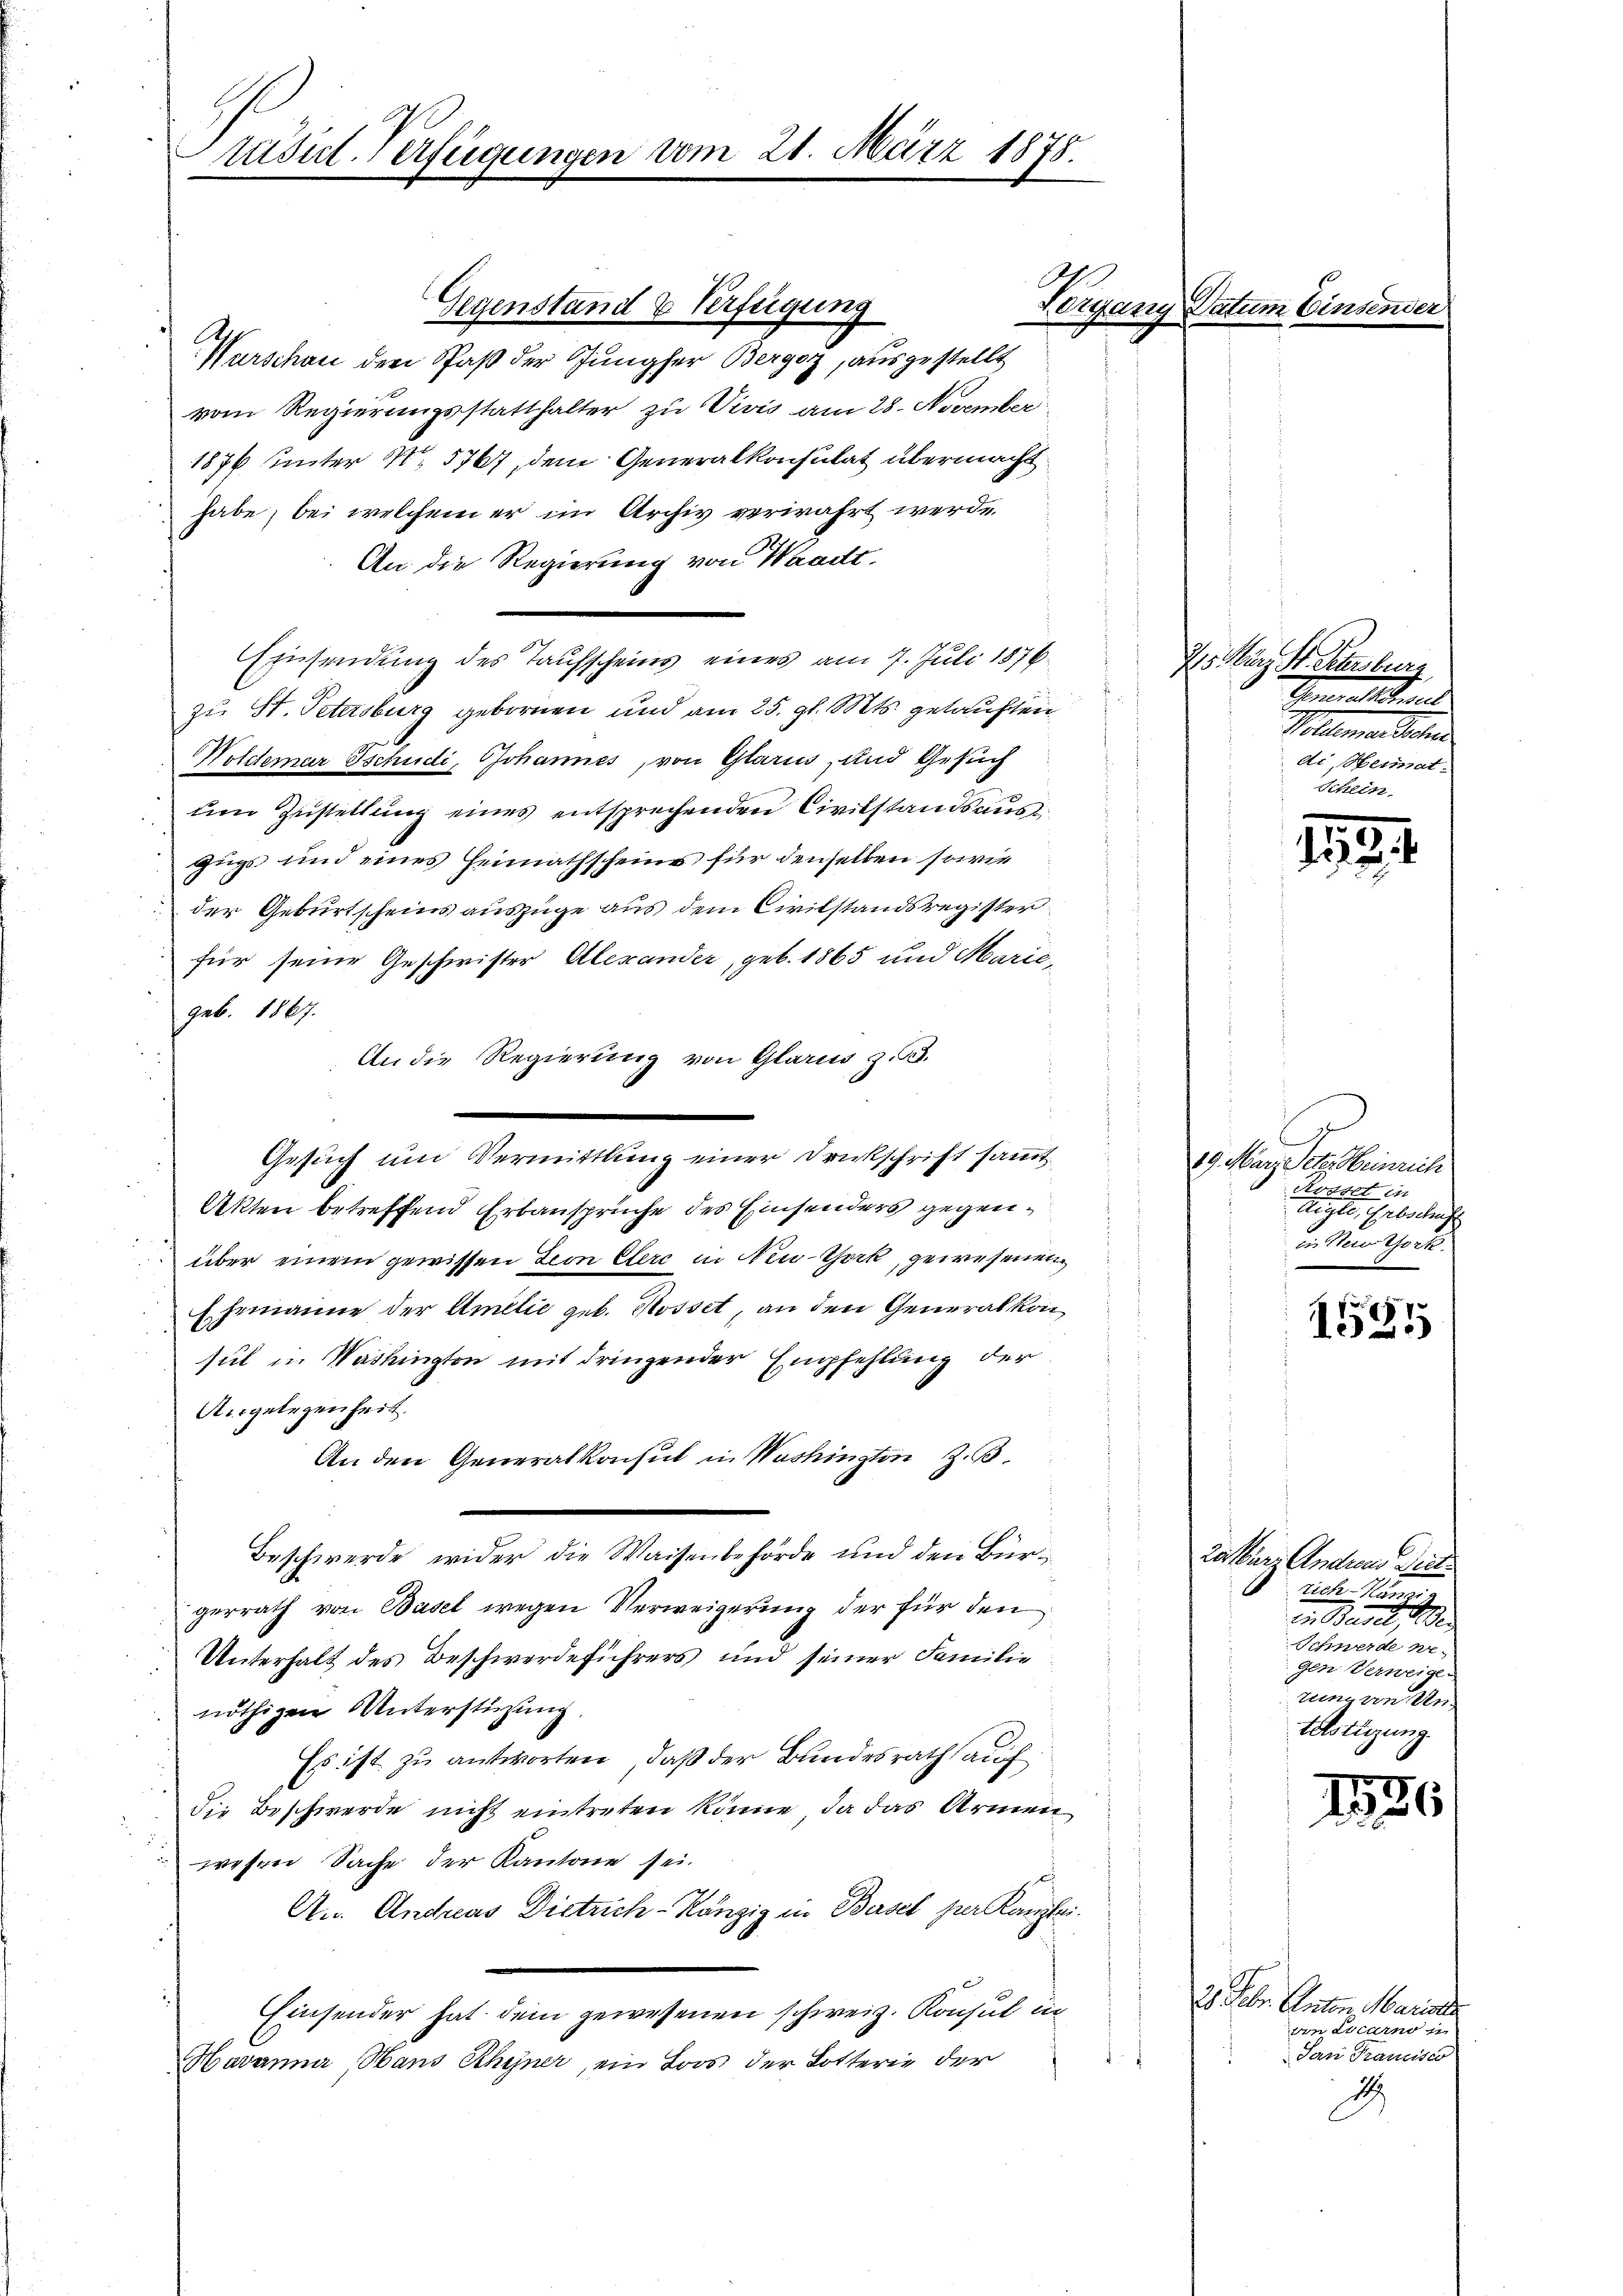
tusil-Verfügungen

Gegenstand & Verfügung
Ar¬
Nurschau den Paß der Jungfer Bergoz, ausgestellt
vom Regierungsstatthalter zu Vivis am 28. November
1876 unter No 5767, dem Generalkonsulat übermacht
habe, bei welchem er im Archiv verwahrt werde.
An die Regierung von Waadt,
Einsendung des Taufscheins eines am 7. Juli 1876
zu St. Petersburg gebornen und am 25. gl. Mts. getauften
S
Woldemar Tschudi, Johannes, von Glarus, und Gesuch
um Zustellung eines entsprechenden Civilstandsaus
zugs und eines Heimathscheins für denselben sowie
der Geburtscheins auszüge aus dem Civilstandsregister
für seine Geschwister Alexander, geb. 1865 und Marie,
geb. 1867.
An die Regierung von Glarus z. B.
Gesuch und Vermittlung einer Druckschrift sammt
Akten betreffend Erbansprüche des Einsenders gegenüber einem gewissen Leon Clerc in New-York, gewesenen
Ehemanne der Amilie geb. Rosset, an den Generalkonsul in Washington mit dringender Empfehlung der
Angelegenheit.
An den Generalkonsul in Washington Z. 3
Beschwerde wider die Waisenbehörde und den Bürgerrath von Basel wegen Verweigerung der für den
Unterhalt des Beschwerdeführers und seiner Familie
nöthigen Unterstützung,
Es ist zu antworten, daß der Bundesrath auf
die Beschwerde nicht eintreten könne, da das Armen
wesen Sache der Kantone sei.
An. Andreas Dietrich-Ränzig in Basel per Kanzlei.
Einsender hat dem gewesenen schweiz. Konsul in
Havanna Haus Rhyner, ein Loos der Lotterie der

vom 21. März 1878.

Vergang Datum Einsen

25. März 4. Petersburg
Generalisiert
Poesimae Sacher
di, Heimat-

28. Febr. Anton Marie
ven Locarno in
San Francisco
2

5.
die

19. März etc. Heinrich
Arost in
diate, Erbschaft
in Nein Chork

1585

za kurz Andreas Diet.
richen Mänzig
zi Basel,
Schwerde ne-
gen Verweige
tung von Un-
telstüzung.

181